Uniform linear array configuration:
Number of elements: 32
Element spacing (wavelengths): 1
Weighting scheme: hamming
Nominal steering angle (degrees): -30
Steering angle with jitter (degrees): -31.6
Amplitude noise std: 0.05
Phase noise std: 0.05

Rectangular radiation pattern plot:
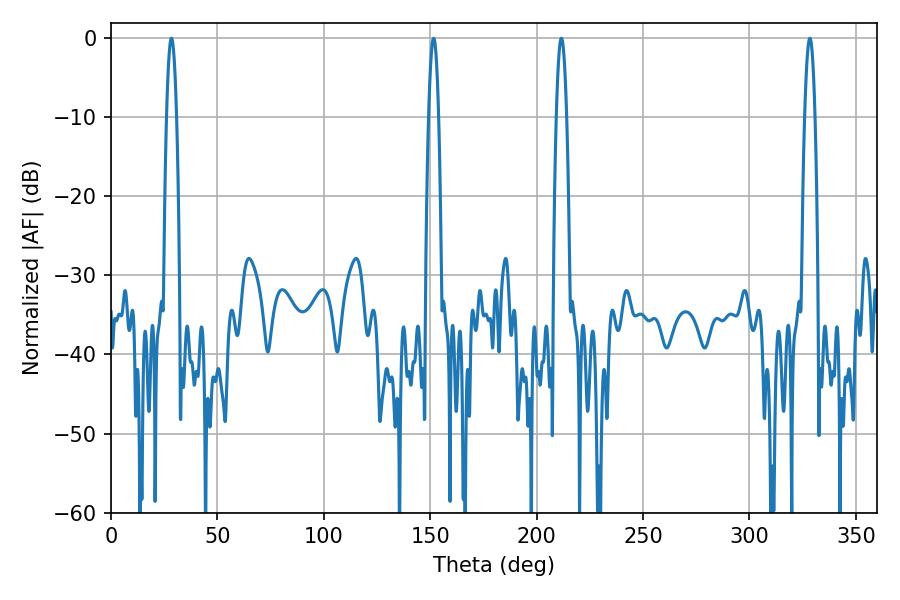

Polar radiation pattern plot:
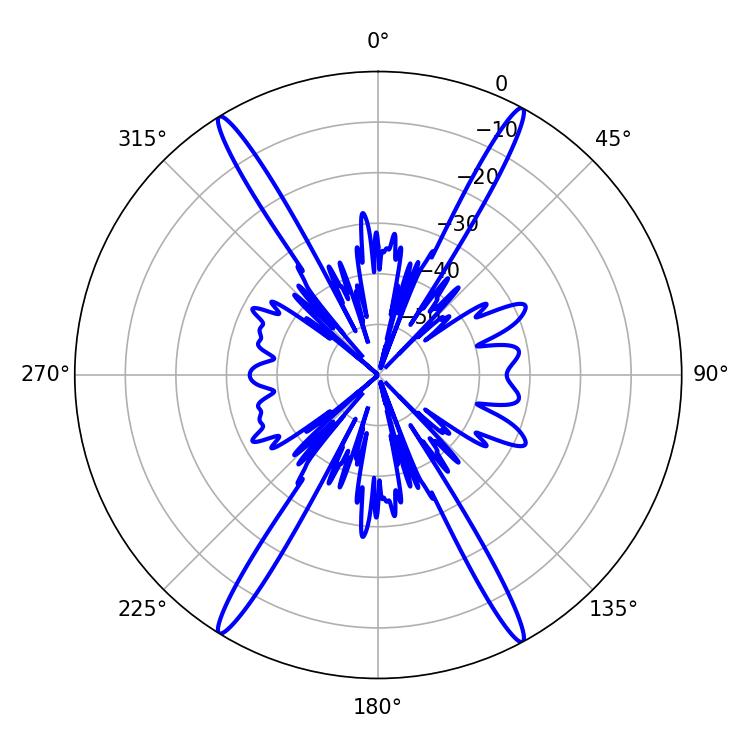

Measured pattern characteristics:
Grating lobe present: TRUE
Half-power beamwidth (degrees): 2.52
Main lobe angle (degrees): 28.44